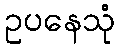
ဥပနေသုံ